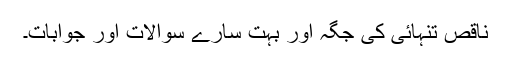
ناقص تنہائی کی جگہ اور بہت سارے سوالات اور جوابات۔